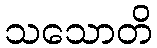
သသောတိ